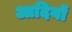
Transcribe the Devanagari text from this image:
आदियों